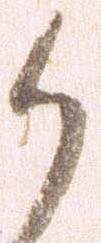
候